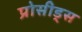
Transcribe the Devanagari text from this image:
प्रोसीड्स